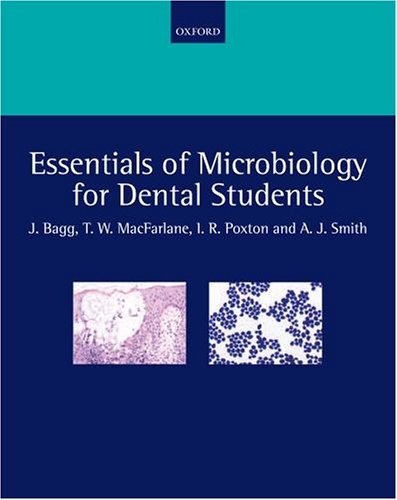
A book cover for Essentials of Microbiology for Dental Students; Jeremy Bagg; Medical Books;